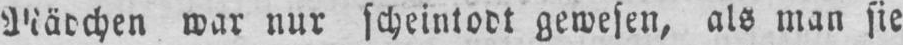
war nur scheintodt gewesen, als man sie